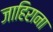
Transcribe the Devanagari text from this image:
जाहिराना